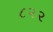
૮૨૨